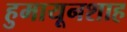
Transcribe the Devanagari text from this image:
हुमायूनशाह